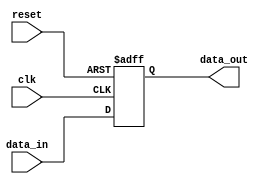
module async_reset_behavior (
    input wire clk,           // Clock signal
    input wire reset,         // Asynchronous reset signal
    input wire [7:0] data_in, // Data input signal (8-bit)
    output reg [7:0] data_out  // Data output signal (8-bit)
);

// Asynchronous reset logic
always @(posedge clk or posedge reset) begin
    if (reset) begin
        // Reset the output to a predefined state (e.g., zero)
        data_out <= 8'b0;
    end else begin
        // On clock edge, update output with input data
        data_out <= data_in;
    end
end

endmodule